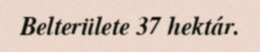
Belterülete 37 hektár.